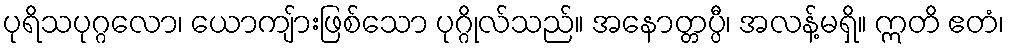
ပုရိသပုဂ္ဂလော၊ ယောကျ်ားဖြစ်သော ပုဂ္ဂိုလ်သည်။ အနောတ္တပ္ပီ၊ အလန့်မရှိ။ ဣတိ ဧတံ၊